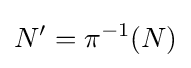
N'=\pi ^{-1}(N)